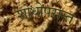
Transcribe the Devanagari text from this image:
शोधोपरान्त